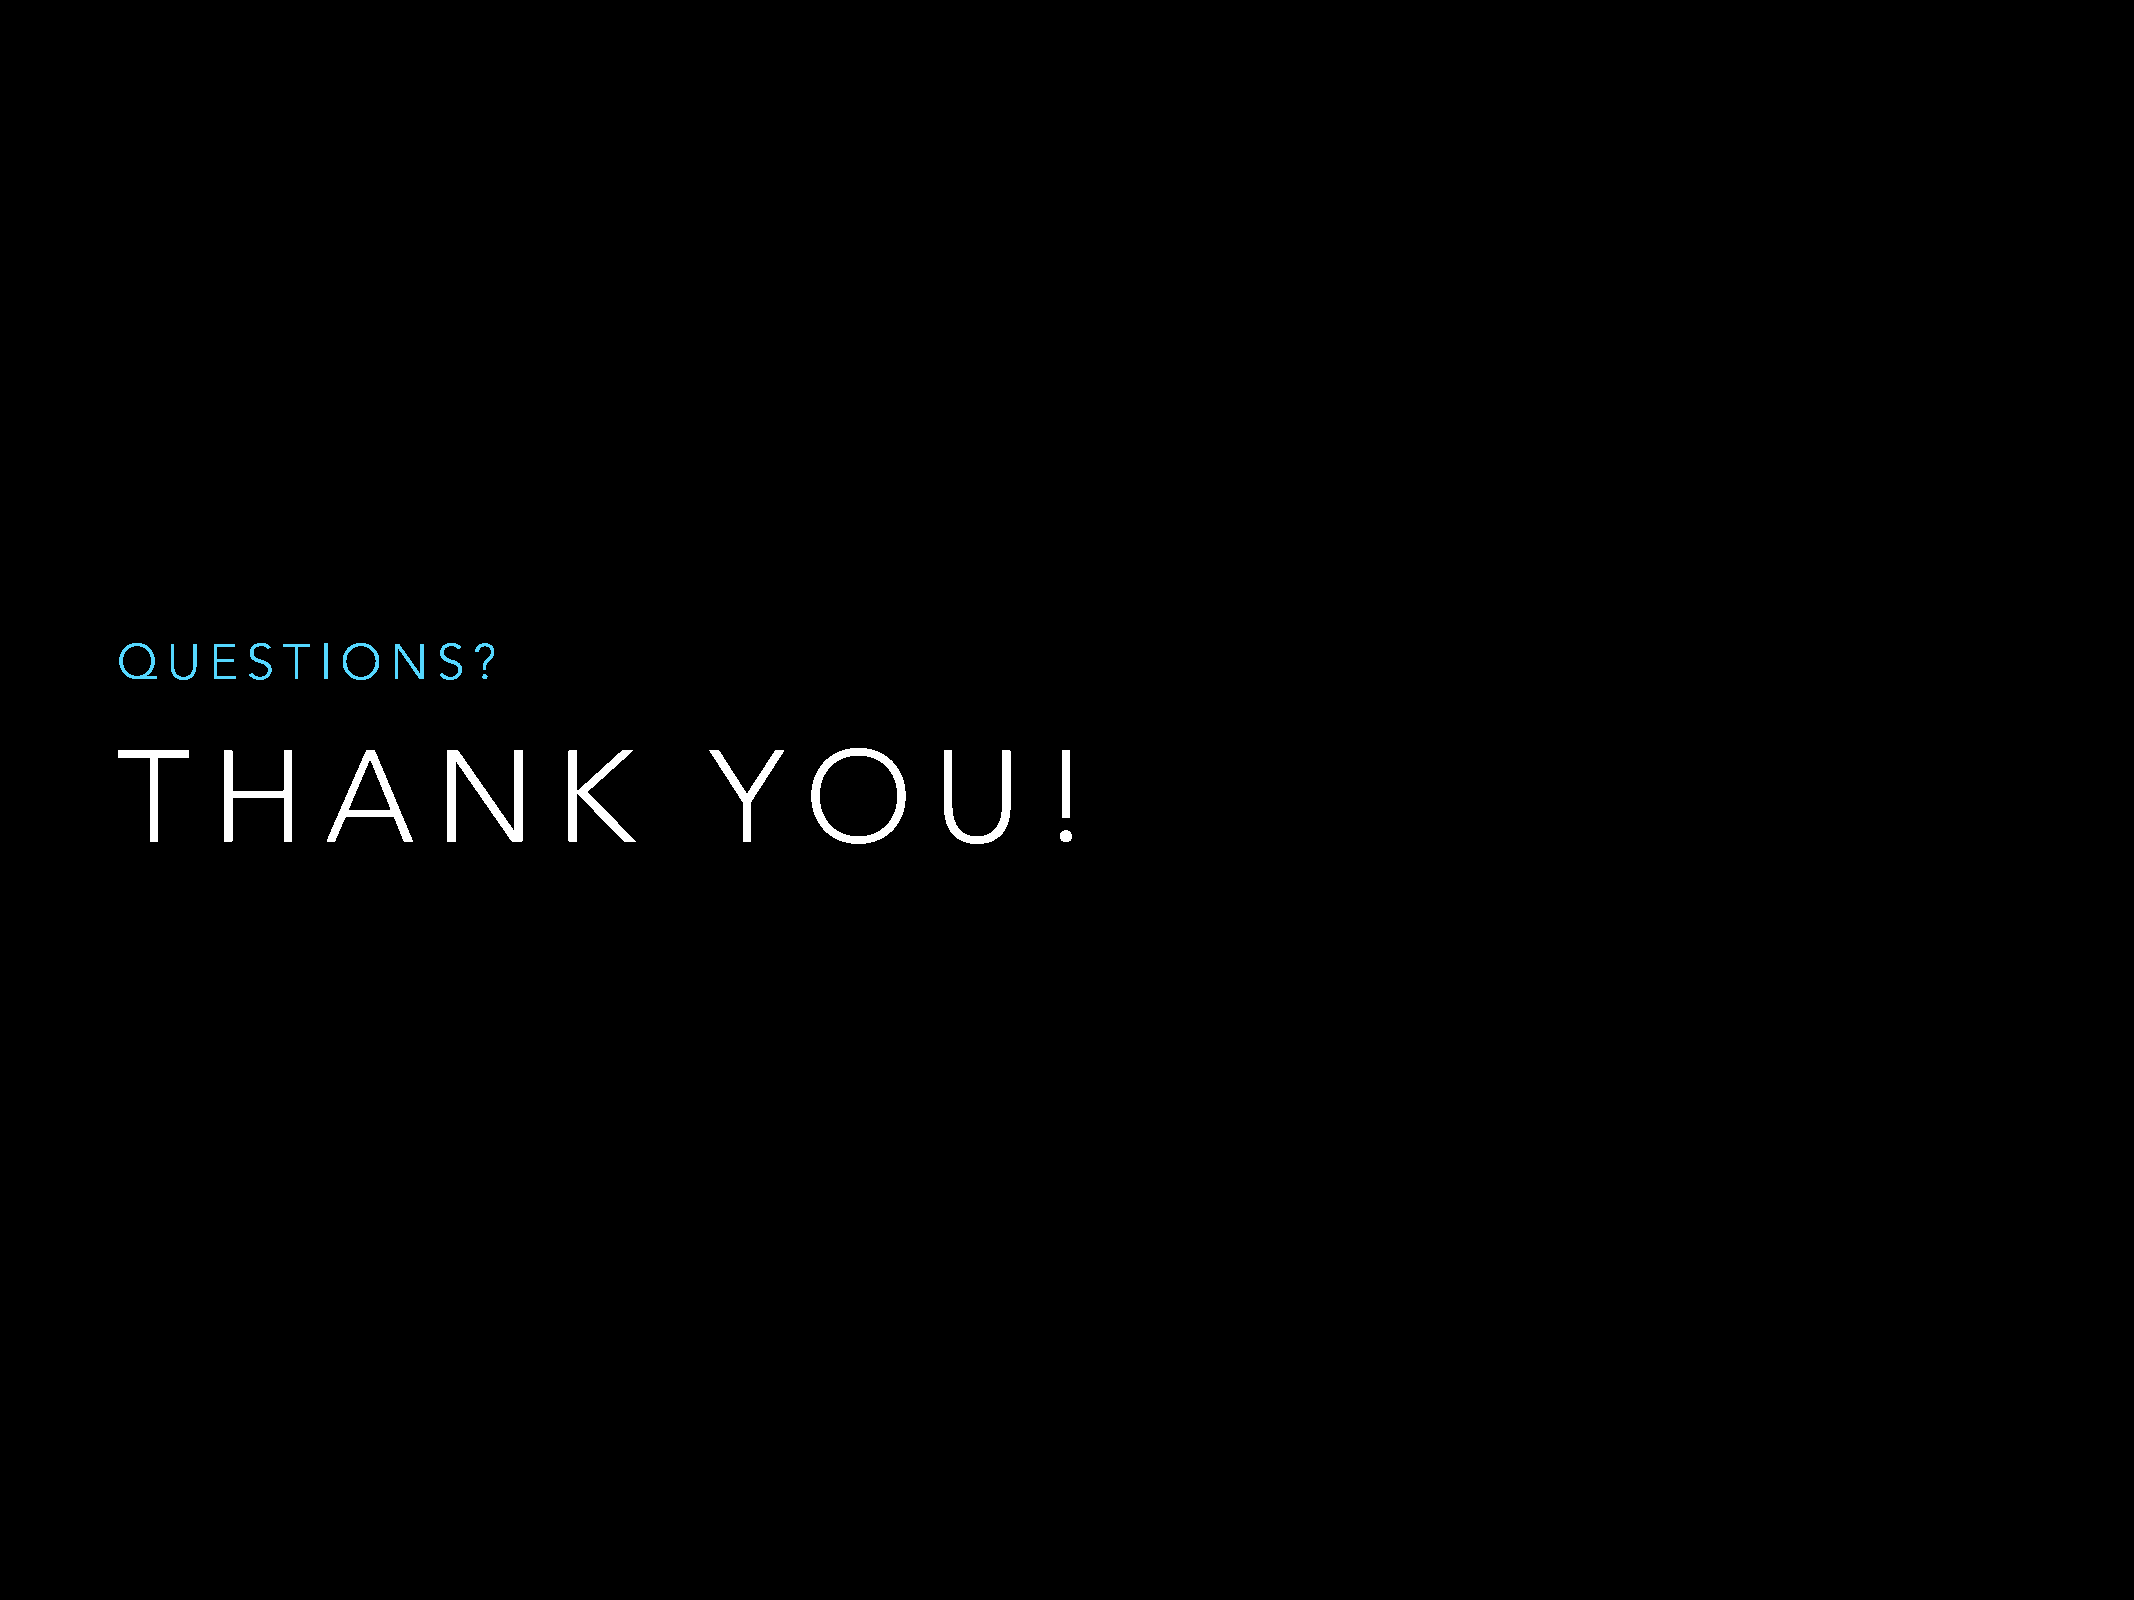
Q  U  E S  T I O  N  S ?
 T     H       A      N       K         Y     O        U      !